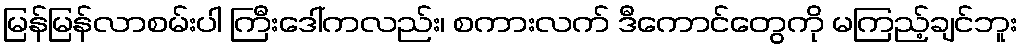
မြန်မြန်လာစမ်းပါ ကြီးဒေါ်ကလည်း၊ စကားလက် ဒီကောင်တွေကို မကြည့်ချင်ဘူး